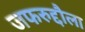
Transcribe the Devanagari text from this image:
जफरुद्दौला